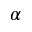
\alpha